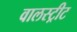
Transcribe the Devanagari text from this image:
वालस्ट्रीट